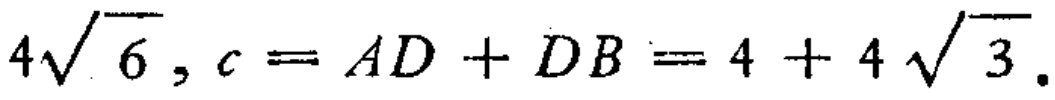
\(4\sqrt{6},c = AD + DB = 4 + 4\sqrt{3}\)